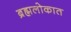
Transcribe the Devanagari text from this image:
ब्रह्मलोकात